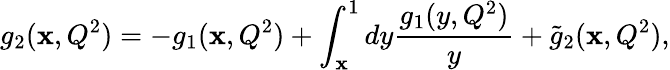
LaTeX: g_{2}(\mathbf{x},Q^{2})=-g_{1}(\mathbf{x},Q^{2})+\int_{\mathbf{x}}^{1}dy\frac{{g_{1}(y,Q^{2})}}{{y}}+\widetilde{{g}}_{2}(\mathbf{x},Q^{2}),